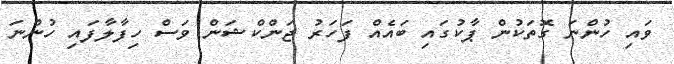
ވައި ހުންނަ ގޮތަކުން ޕާކުގައި ބައެއް ފަހަރު ޖަންކްޝަން ވަސް ހިފާލާފައި ހުންނަ